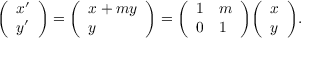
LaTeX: { \left( \begin{array} { l } { x ^ { \prime } } \\ { y ^ { \prime } } \end{array} \right) } = { \left( \begin{array} { l } { x + m y } \\ { y } \end{array} \right) } = { \left( \begin{array} { l l } { 1 } & { m } \\ { 0 } & { 1 } \end{array} \right) } { \left( \begin{array} { l } { x } \\ { y } \end{array} \right) } .